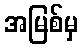
အမြစ်မှ